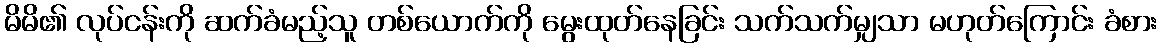
မိမိ၏ လုပ်ငန်းကို ဆက်ခံမည့်သူ တစ်ယောက်ကို မွေးထုတ်နေခြင်း သက်သက်မျှသာ မဟုတ်ကြောင်း ခံစား